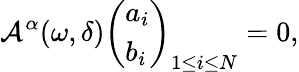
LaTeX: \mathcal{A}^{\alpha}(\omega,\delta)\left(\begin{array}{l}{a_{i}}\\ {b_{i}}\end{array}\right)_{1\leq i\leq N}=0,